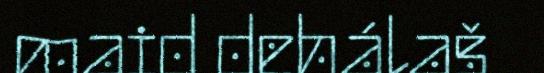
maid dehálaš